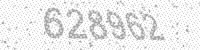
Solution: 628962